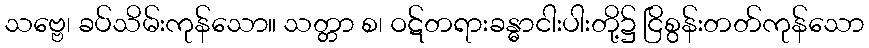
သဗ္ဗေ၊ ခပ်သိမ်းကုန်သော။ သတ္တာ စ၊ ဝဋ်တရားခန္ဓာငါးပါးတို့၌ ငြိစွန်းတတ်ကုန်သော